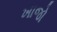
ખાજો